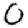
Digit: 0